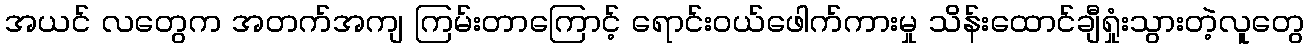
အယင် လတွေက အတက်အကျ ကြမ်းတာကြောင့် ရောင်းဝယ်ဖေါက်ကားမှု သိန်းထောင်ချီရှုံးသွားတဲ့လူတွေ